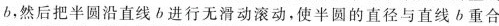
b，然后把半圆沿直线b进行无滑动滚动，使半圆的直径与直线b重合